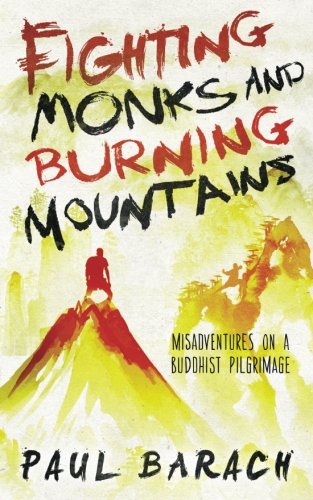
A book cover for Fighting Monks and Burning Mountains: Misadventures on a Buddhist Pilgrimage; Paul Barach; Travel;